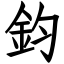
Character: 鈞